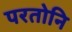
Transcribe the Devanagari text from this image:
परतोनि